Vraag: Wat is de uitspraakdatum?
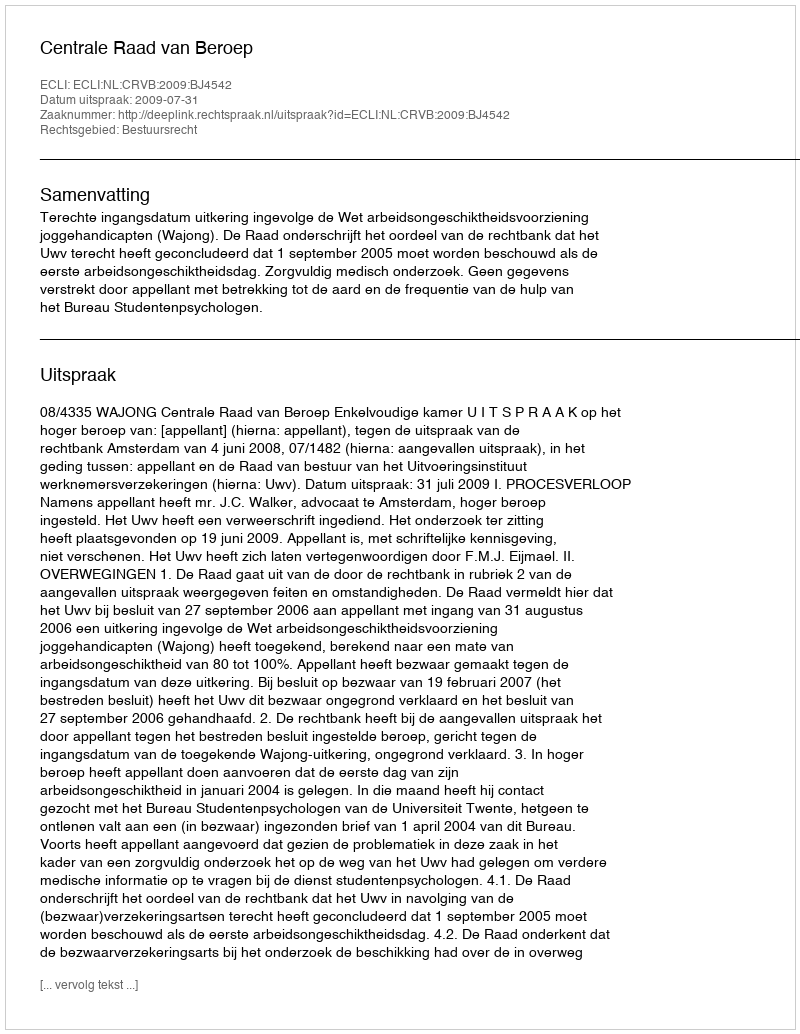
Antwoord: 2009-07-31